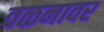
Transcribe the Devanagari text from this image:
वळनावर